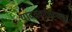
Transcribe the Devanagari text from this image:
यादवकालापासून